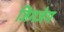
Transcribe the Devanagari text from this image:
जिगजेग